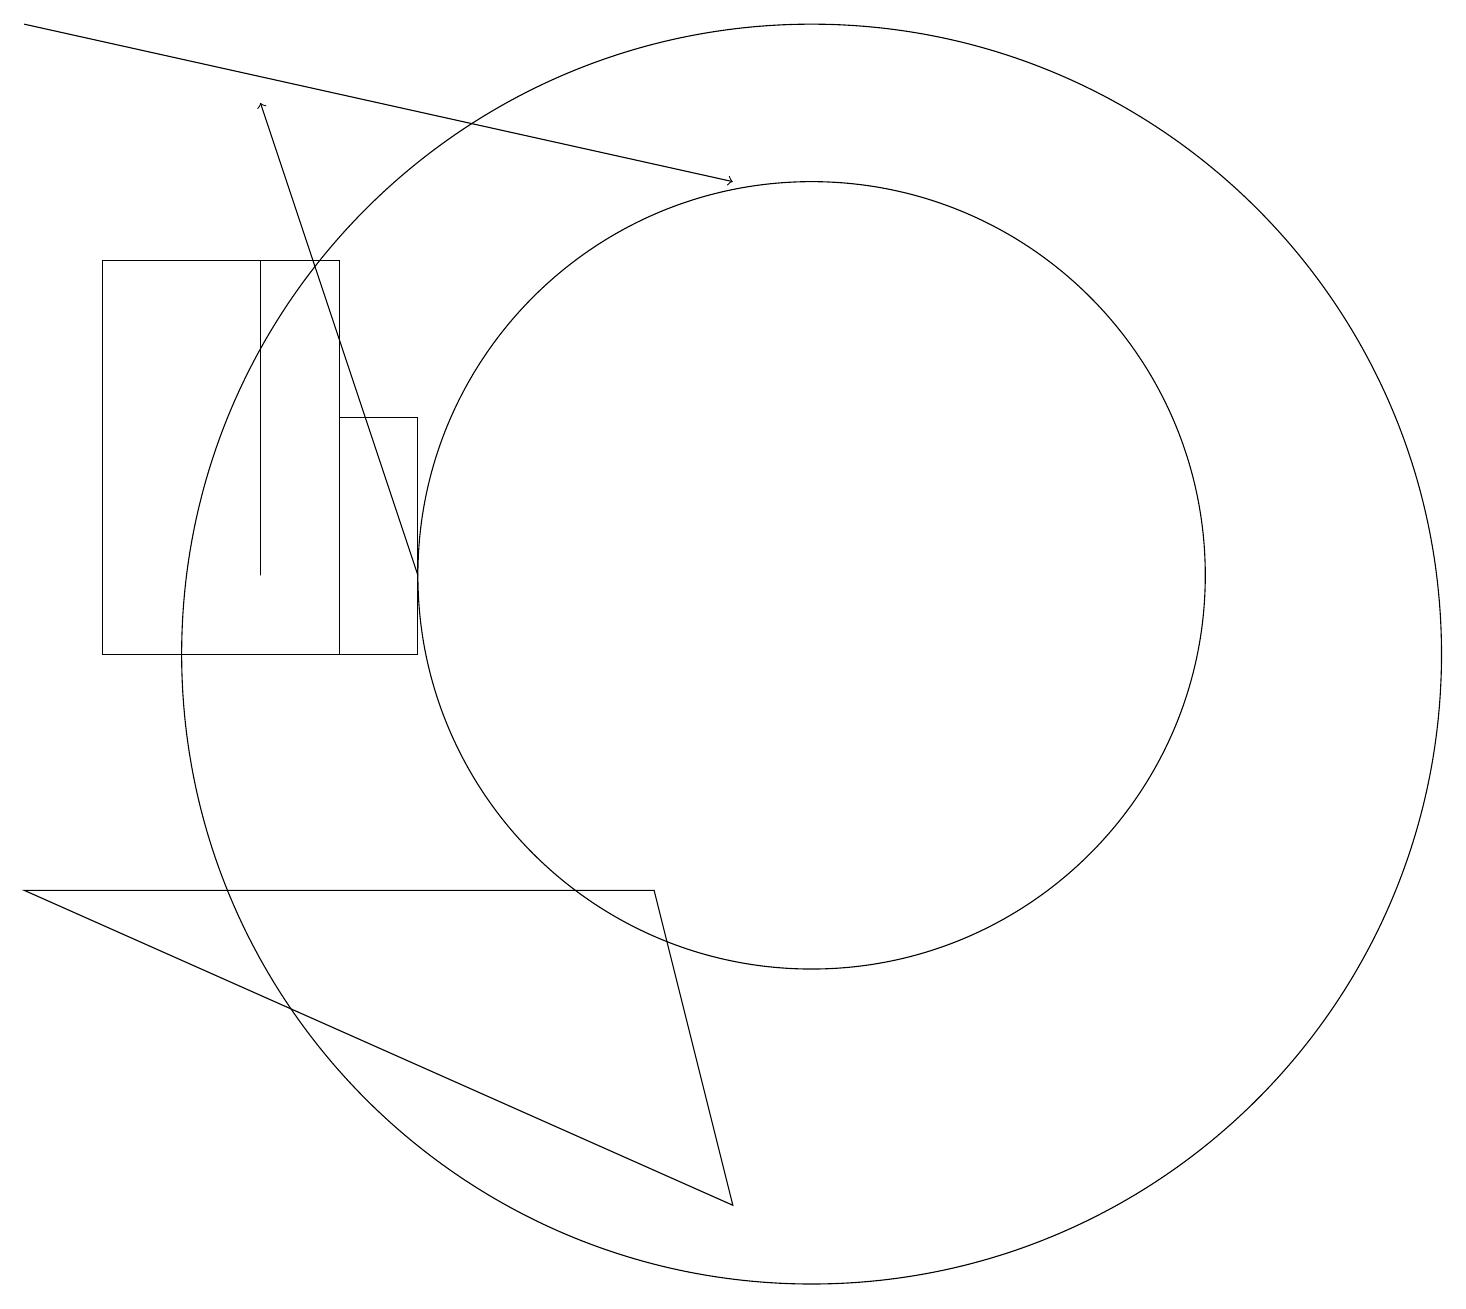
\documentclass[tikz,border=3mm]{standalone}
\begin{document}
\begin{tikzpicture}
\draw (5,14) rectangle (4,11);
\draw (10,12) circle (5);
\draw (10,11) circle (8);
\draw[->] (5,12) -- (3,18);
\draw[->] (0,19) -- (9,17);
\draw (9,4) -- (0,8) -- (8,8) -- cycle;
\draw (3,16) rectangle (3,12);
\draw (4,11) rectangle (1,16);
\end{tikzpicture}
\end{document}